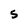
Character: S